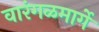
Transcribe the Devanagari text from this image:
वारंगळमार्गे